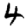
Digit: 4